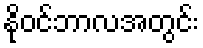
နိုဝင်ဘာလအတွင်း